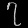
Digit: ၇